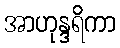
အာဟုန္ဒရိကာ